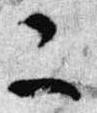
二